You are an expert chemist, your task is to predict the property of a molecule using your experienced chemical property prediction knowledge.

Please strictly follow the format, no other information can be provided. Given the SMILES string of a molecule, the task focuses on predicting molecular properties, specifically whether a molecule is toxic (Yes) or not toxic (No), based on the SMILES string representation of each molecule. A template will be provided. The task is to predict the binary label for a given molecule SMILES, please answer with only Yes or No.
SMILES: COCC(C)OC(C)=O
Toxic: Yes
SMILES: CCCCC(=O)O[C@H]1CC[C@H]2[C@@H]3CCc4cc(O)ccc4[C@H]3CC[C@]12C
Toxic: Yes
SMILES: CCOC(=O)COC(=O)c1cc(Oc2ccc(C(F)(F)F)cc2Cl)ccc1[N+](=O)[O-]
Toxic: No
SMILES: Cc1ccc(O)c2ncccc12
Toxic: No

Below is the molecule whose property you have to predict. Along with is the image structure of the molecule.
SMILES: CN1CCC(=C2c3ccccc3CCc3cccnc32)CC1
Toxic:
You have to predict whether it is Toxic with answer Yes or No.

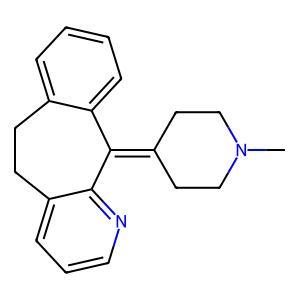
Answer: No